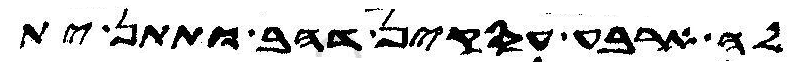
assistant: לה ארבע עסקין דהב ותתן ית